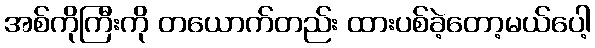
အစ်ကိုကြီးကို တယောက်တည်း ထားပစ်ခဲ့တော့မယ်ပေါ့